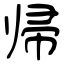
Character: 帰